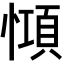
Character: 𢠷